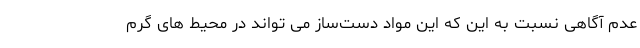
عدم آگاهی نسبت به این که این مواد دست‌ساز می تواند در محیط های گرم